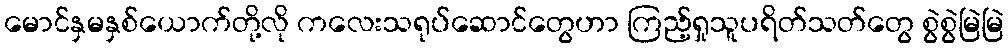
မောင်နှမနှစ်ယောက်တို့လို ကလေးသရုပ်ဆောင်တွေဟာ ကြည့်ရှုသူပရိတ်သတ်တွေ စွဲစွဲမြဲမြဲ